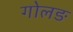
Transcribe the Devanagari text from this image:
गोलङ